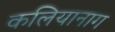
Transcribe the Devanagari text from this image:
कलियानाग